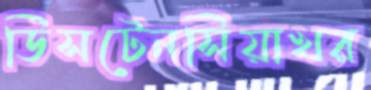
ডিসটেনসিয়াখর